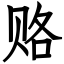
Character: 赂